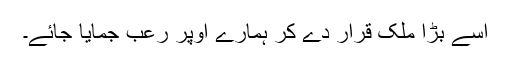
اسے بڑا ملک قرار دے کر ہمارے اوپر رعب جمایا جائے۔